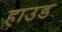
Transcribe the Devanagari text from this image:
हाउड